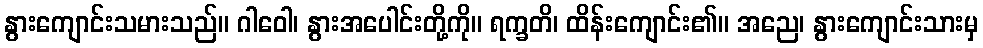
နွားကျောင်းသမားသည်။ ဂါဝေါ၊ နွားအပေါင်းတို့ကို။ ရက္ခတိ၊ ထိန်းကျောင်း၏။ အညေ၊ နွားကျောင်းသားမှ